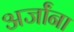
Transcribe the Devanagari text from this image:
अर्जांना